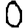
Digit: 0